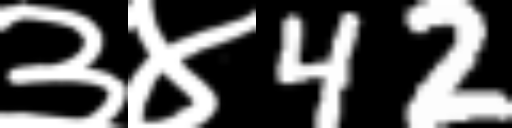
Text: ३४42